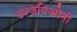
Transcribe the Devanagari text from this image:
उज्जयिओनी